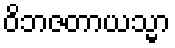
ဝိဘဇတာယသ္မာ